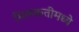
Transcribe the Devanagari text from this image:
मिळकतीमध्ये